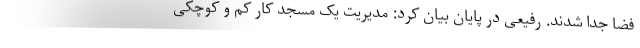
فضا جدا شدند. رفیعی در پایان بیان کرد: مدیریت یک مسجد کار کم و کوچکی